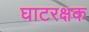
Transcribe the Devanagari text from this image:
घाटरक्षक